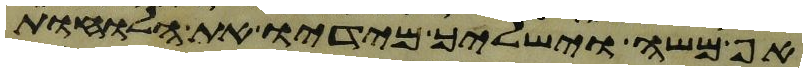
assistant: אף משה וישליך מידיו את הלוחות